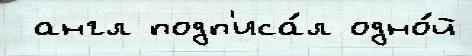
 англ подп'иса́л одно́й